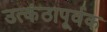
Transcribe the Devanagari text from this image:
उत्कंठापूर्वक